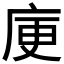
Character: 𭙜